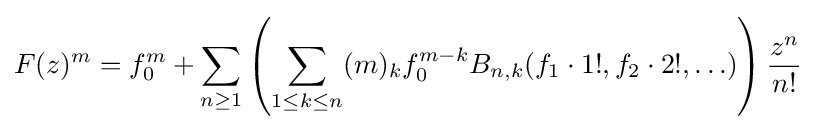
F(z)^{m}=f_{0}^{m}+\sum _{n\geq 1}\left(\sum _{1\leq k\leq n}(m)_{k}f_{0}^{m-k}B_{n,k}(f_{1}\cdot 1!,f_{2}\cdot 2!,\ldots )\right){\frac {z^{n}}{n!}}